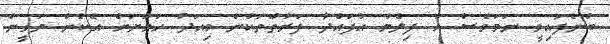
ބުނެފައިވީ ނަމަވެސް އެ ފިލްމު އުފައްދާ ފަރާތްތަކުން މިއަދާ ހަމަޔަށް އެކަން ޔަގީން